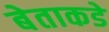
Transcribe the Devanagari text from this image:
बेताकडे